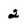
Character: 2